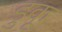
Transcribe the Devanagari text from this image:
डुकू